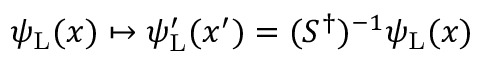
\psi _ { \mathrm { { L } } } ( x ) \mapsto \psi _ { \mathrm { { L } } } ^ { \prime } ( x ^ { \prime } ) = ( S ^ { \dagger } ) ^ { - 1 } \psi _ { \mathrm { { L } } } ( x )